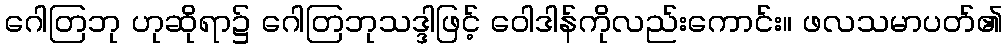
ဂေါတြဘု ဟုဆိုရာ၌ ဂေါတြဘုသဒ္ဒါဖြင့် ဝေါဒါန်ကိုလည်းကောင်း။ ဖလသမာပတ်၏